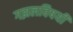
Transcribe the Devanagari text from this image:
गझलविषयी